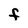
Character: F